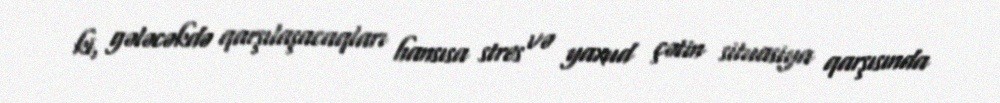
ki, gələcəkdə qarşılaşacaqları hansısa stres və yaxud çətin situasiya qarşısında